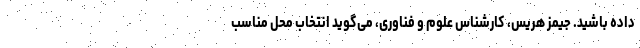
داده باشید. جیمز هریس، کارشناس علوم و فناوری، می‌گوید انتخاب محل مناسب